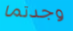
وجدتما